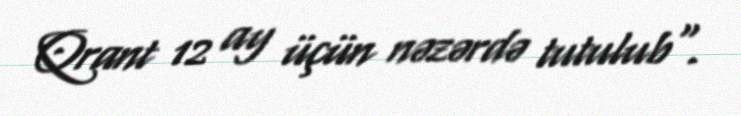
Qrant 12 ay üçün nəzərdə tutulub".